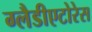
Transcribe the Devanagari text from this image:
ग्लैडीएटोरेस